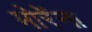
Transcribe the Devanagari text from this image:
मोरेंना